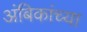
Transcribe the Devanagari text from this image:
अंबिकांच्या